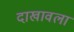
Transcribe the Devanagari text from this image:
दाखावला